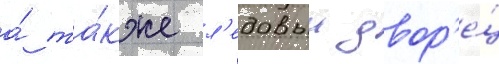
а́ та́кже л'едовыи двор'е́ц